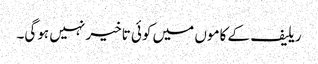
ریلیف کے کاموں میں کوئی تاخیر نہیں ہوگی۔